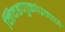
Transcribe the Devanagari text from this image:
निवडणुकांप्रमाणे